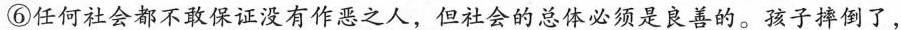
⑥任何社会都不敢保证没有作恶之人，但社会的总体必须是良善的。孩子神倒了，